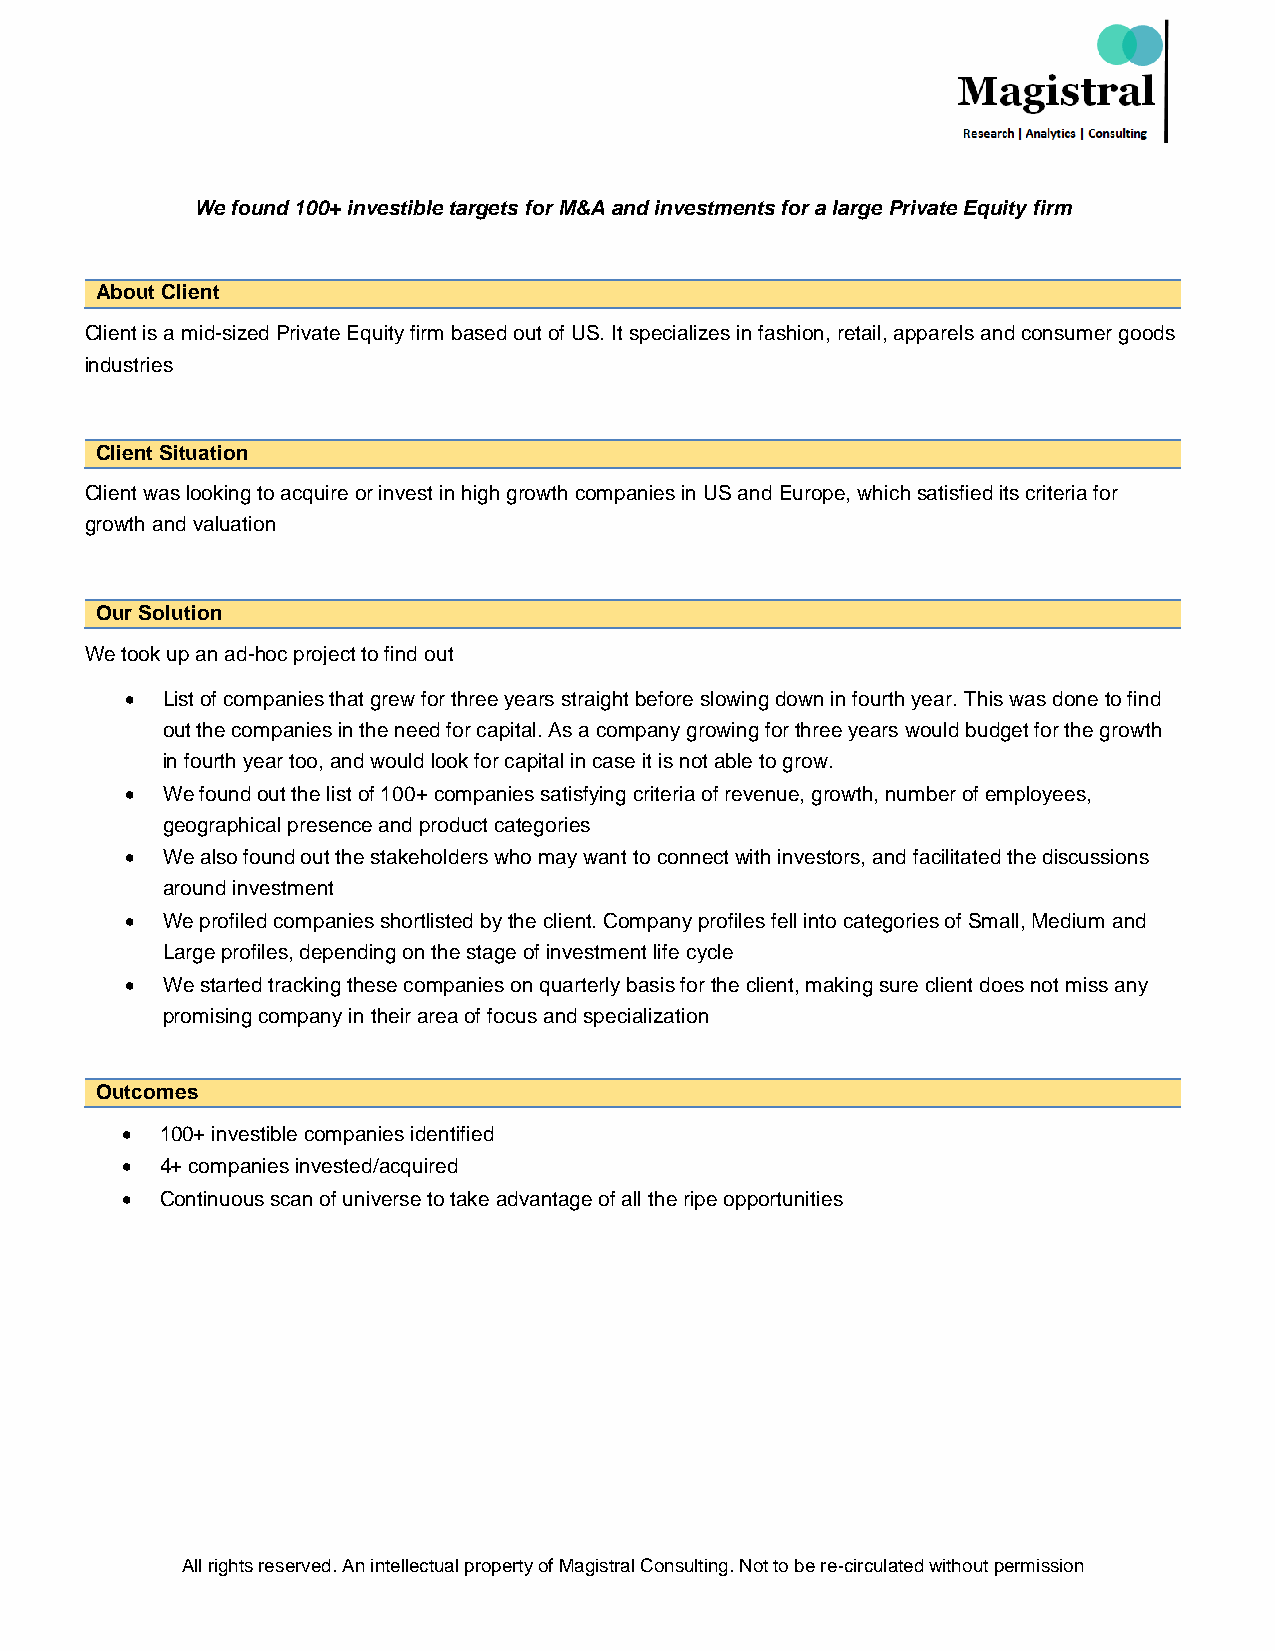
We found 100+ investible targets for M&A and investments for a large Private Equity firm
 About Client
 Client is a mid-sized Private Equity firm based out of US. It specializes in fashion, retail, apparels and consumer goods
 industries
 Client Situation
 Client was looking to acquire or invest in high growth companies in US and Europe, which satisfied its criteria for
 growth and valuation
 Our Solution
 We took up an ad-hoc project to find out
   List of companies that grew for three years straight before slowing down in fourth year. This was done to find
 out the companies in the need for capital. As a company growing for three years would budget for the growth
 in fourth year too, and would look for capital in case it is not able to grow.
   We found out the list of 100+ companies satisfying criteria of revenue, growth, number of employees,
 geographical presence and product categories
   We also found out the stakeholders who may want to connect with investors, and facilitated the discussions
 around investment
   We profiled companies shortlisted by the client. Company profiles fell into categories of Small, Medium and
 Large profiles, depending on the stage of investment life cycle
   We started tracking these companies on quarterly basis for the client, making sure client does not miss any
 promising company in their area of focus and specialization
 Outcomes
   100+ investible companies identified
   4+ companies invested/acquired
   Continuous scan of universe to take advantage of all the ripe opportunities
 All rights reserved. An intellectual property of Magistral Consulting. Not to be re-circulated without permission